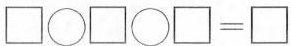
$$\Box \circ \Box \circ \Box = \Box$$